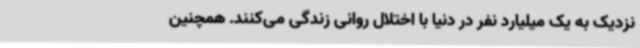
نزدیک به یک میلیارد نفر در دنیا با اختلال روانی زندگی می‌کنند. همچنین